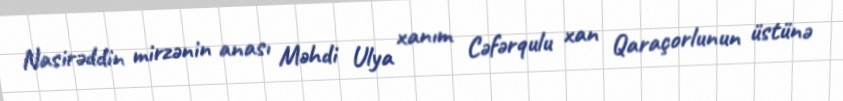
Nasirəddin mirzənin anası Məhdi Ulya xanım Cəfərqulu xan Qaraçorlunun üstünə